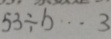
5 3 \div b \cdots 3